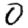
Digit: 0